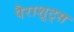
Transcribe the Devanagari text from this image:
पैराशूट्स